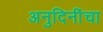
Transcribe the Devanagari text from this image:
अनुदिनींचा